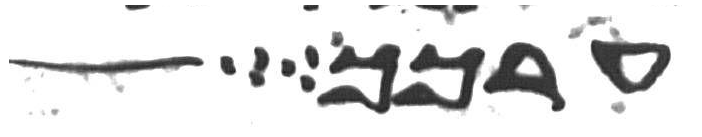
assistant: ערכך